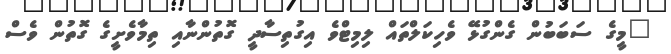
"މީގެ ސަބަބުން ގެންގުޅޭ ވެހިކަލްތައް ލިމިޓްވެ އިގުތިސާދީ ގޮތުންނާއި ތިމާވެށީގެ ގޮތުން ވެސް